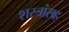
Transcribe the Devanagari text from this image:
शस्त्रांसह